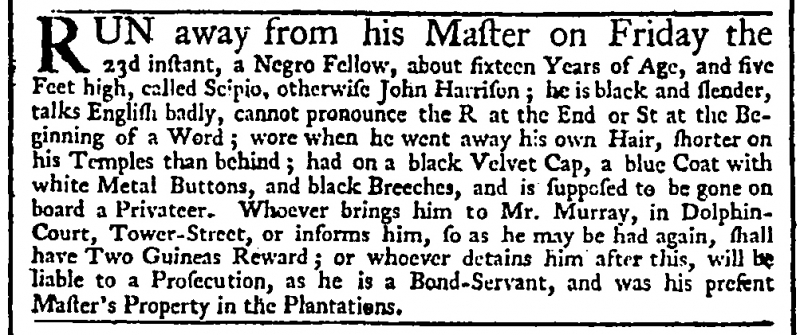
Daily Advertiser, 29 November 1744 (England)
RUN away from his Master on Friday the 23d instant, a Negro Fellow, about sixteen Years of Age, and five Feet high, called Scipio, otherwise John Harrison; he is black and slender, talks English badly, cannot pronounce the R at the End or St at the Beginning of a Word; wore when he went away his own Hair, shorter on his Temples than behind; had on a black Velvet Cap, a blue Coat with white Metal Buttons, and black Breeches, and is supposed to be gone on board a Privateer. Whoever brings him to Mr. Murray, in Dolphin-Court, Tower-Street, or informs him, so as he may be had again, shall have Two Guineas Reward; or whoever detains him after this, will be liable to a Prosecution, as he is a Bond-Servant, and was his present Master’s Property in the Plantations.